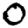
Digit: 0